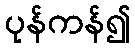
ပုန်ကန်၍